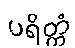
ပရိတ္တံ